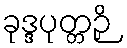
ခုဒ္ဒပုတ္တဉှိ